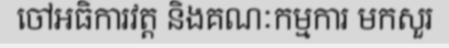
ចៅអធិការវត្ត និងគណៈកម្មការ មកសួរ